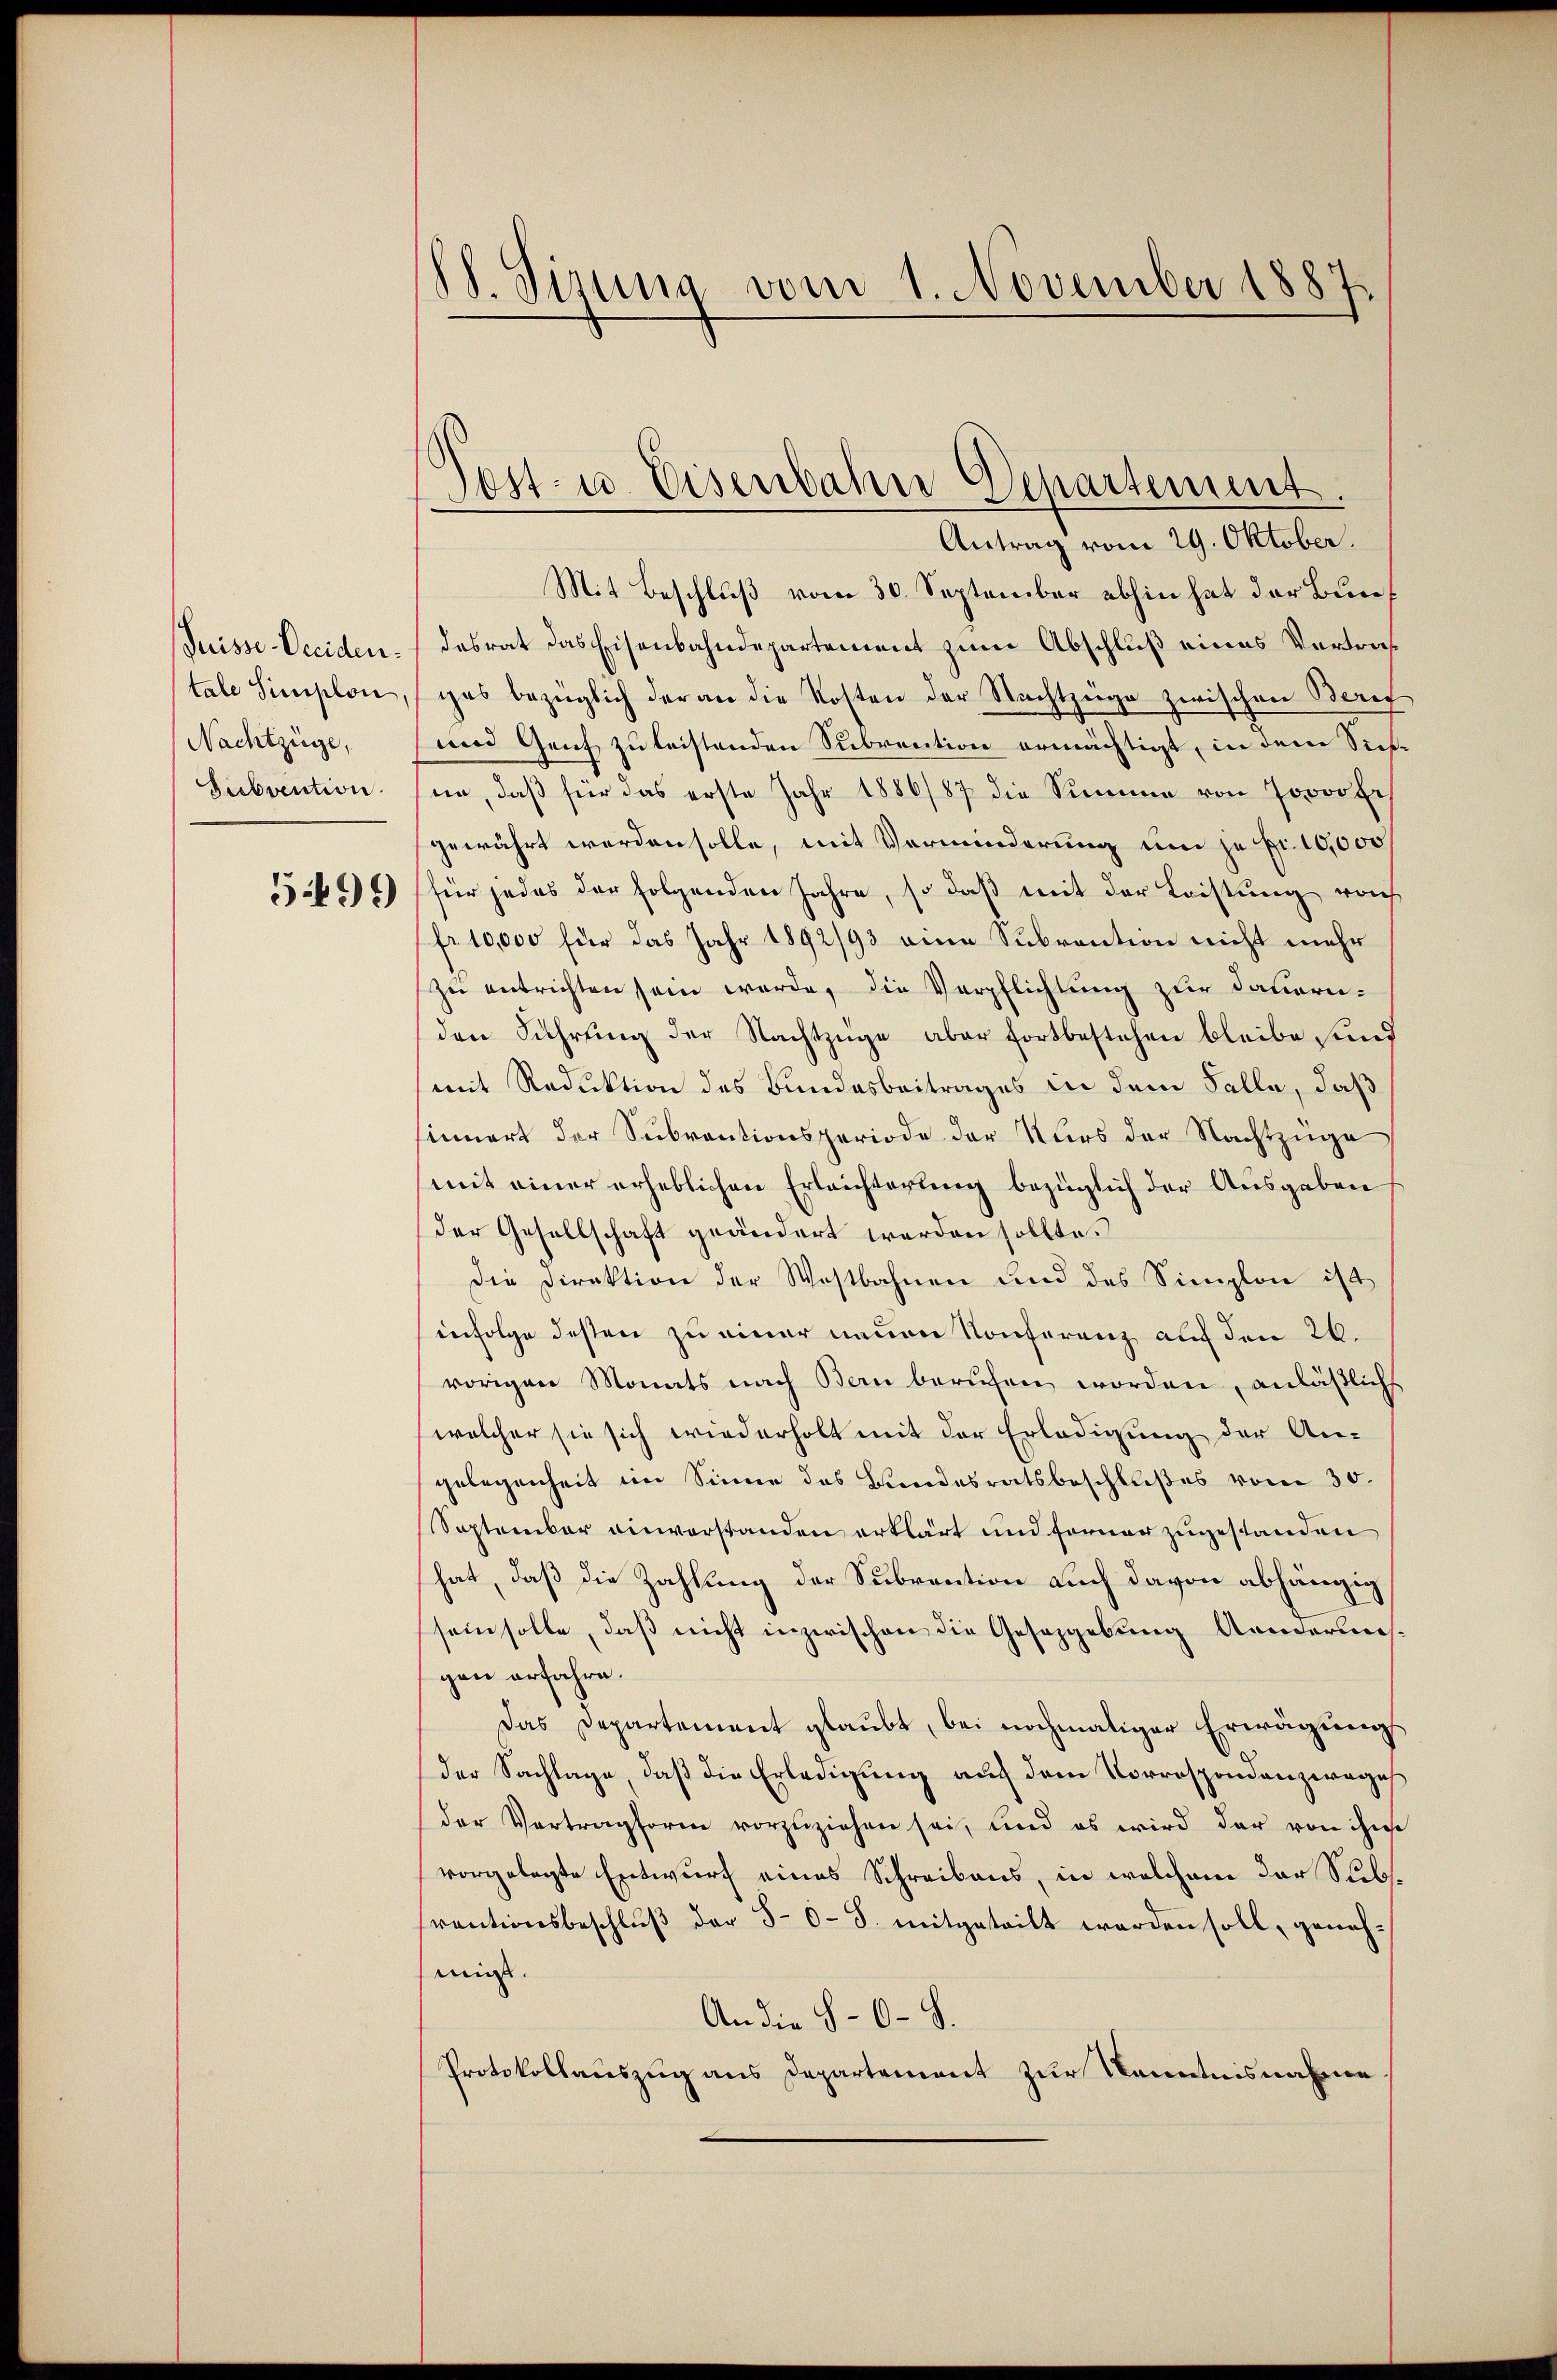
Puisse Dreiden.
tale Simplon,
Nachtzüge,
Subvention.

5499

S. Sisung vom 1. November 1887.

Jost- u. Eisenbahre Departement.
Antrag vom 29. Oktober.

Mit Beschluß vom 30. September abhin hat der Bundesrat das Eisenbahndepartement zum Abschluß eines Vertragas bezüglich der an die Kosten der Nachtzüge zwischen Beric
und Genf zu leistenden Subrention ermächtigt, in dem Siefne, daβ für das erste Jahr 1886/87 die Summe von Jovortr
gewährt werden solle, mit Verminderung um je pr. 10,000
für jedes der folgenden Jahre, so daß mit der Leistung von
fr. 10,000 für das Jahr 1892/93 eine Subvention nicht mehr
ze entrichten sein werde, die Verpflichtung zur Dauern-
den Führung der Nachtzüge aber fortbestehen bleibe sind
mit Reduktion des Bundesbeitrages in dem Falle, daß
innert der Subventionsperiode der Kurs der Nachtzüge
mit einer erheblichen Erleichterung bezüglich der Ausgaben
der Gesellschaft geändert werden sollte.
Die Direktion der Westbahnen und des Simplon ist
infolge desten zu einer neuen Konferenz auf den 26.
vorigen Monats nach Bern berufen worden, anläßlichs
welcher sie sich wiederholt mit der Erledigung der An-
gelegenheit im Sinne des Bundesratsbeschlußes vom 30.
September einverstanden erklärt und forner zugestanden
hat, daß die Zahlung der Subvention auch davon abhängig
sein solle, daß nicht inzwischen die Gesetzgebung Aenderung.
gen erfahre.
Das Departement glaubt, bei nochmaliger Erwägungs
der Sachlage, daß die Erledigung auf dem Vorrespondenzwege
der Vertragform vorzuziehen sei, und es wird der von ihne
vorgelegte Entwurf eines Schreibens, in welchem der Subraŭtionsbeschlŭβ der 50 S. mitgeteilt worden soll, geneh-
mis.
An die 8-6-8.
Protokollauszug aus Departement zur Kenntnisnahme